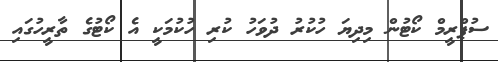
ސުޕްރީމް ކޯޓުން މިދިޔަ ހުކުރު ދުވަހު ކުރި ހުކުމަކީ އެ ކޯޓުގެ ތާރީހުގައި